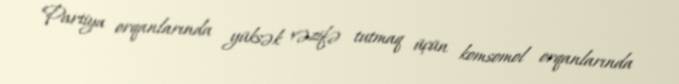
Partiya orqanlarında yüksək vəzifə tutmaq üçün komsomol orqanlarında